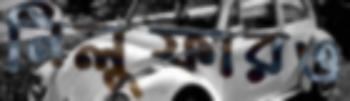
নিলুফারও